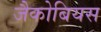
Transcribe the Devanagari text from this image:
जैकोबियस